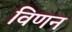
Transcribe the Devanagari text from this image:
विणन